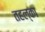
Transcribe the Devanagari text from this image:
तहल्‍का